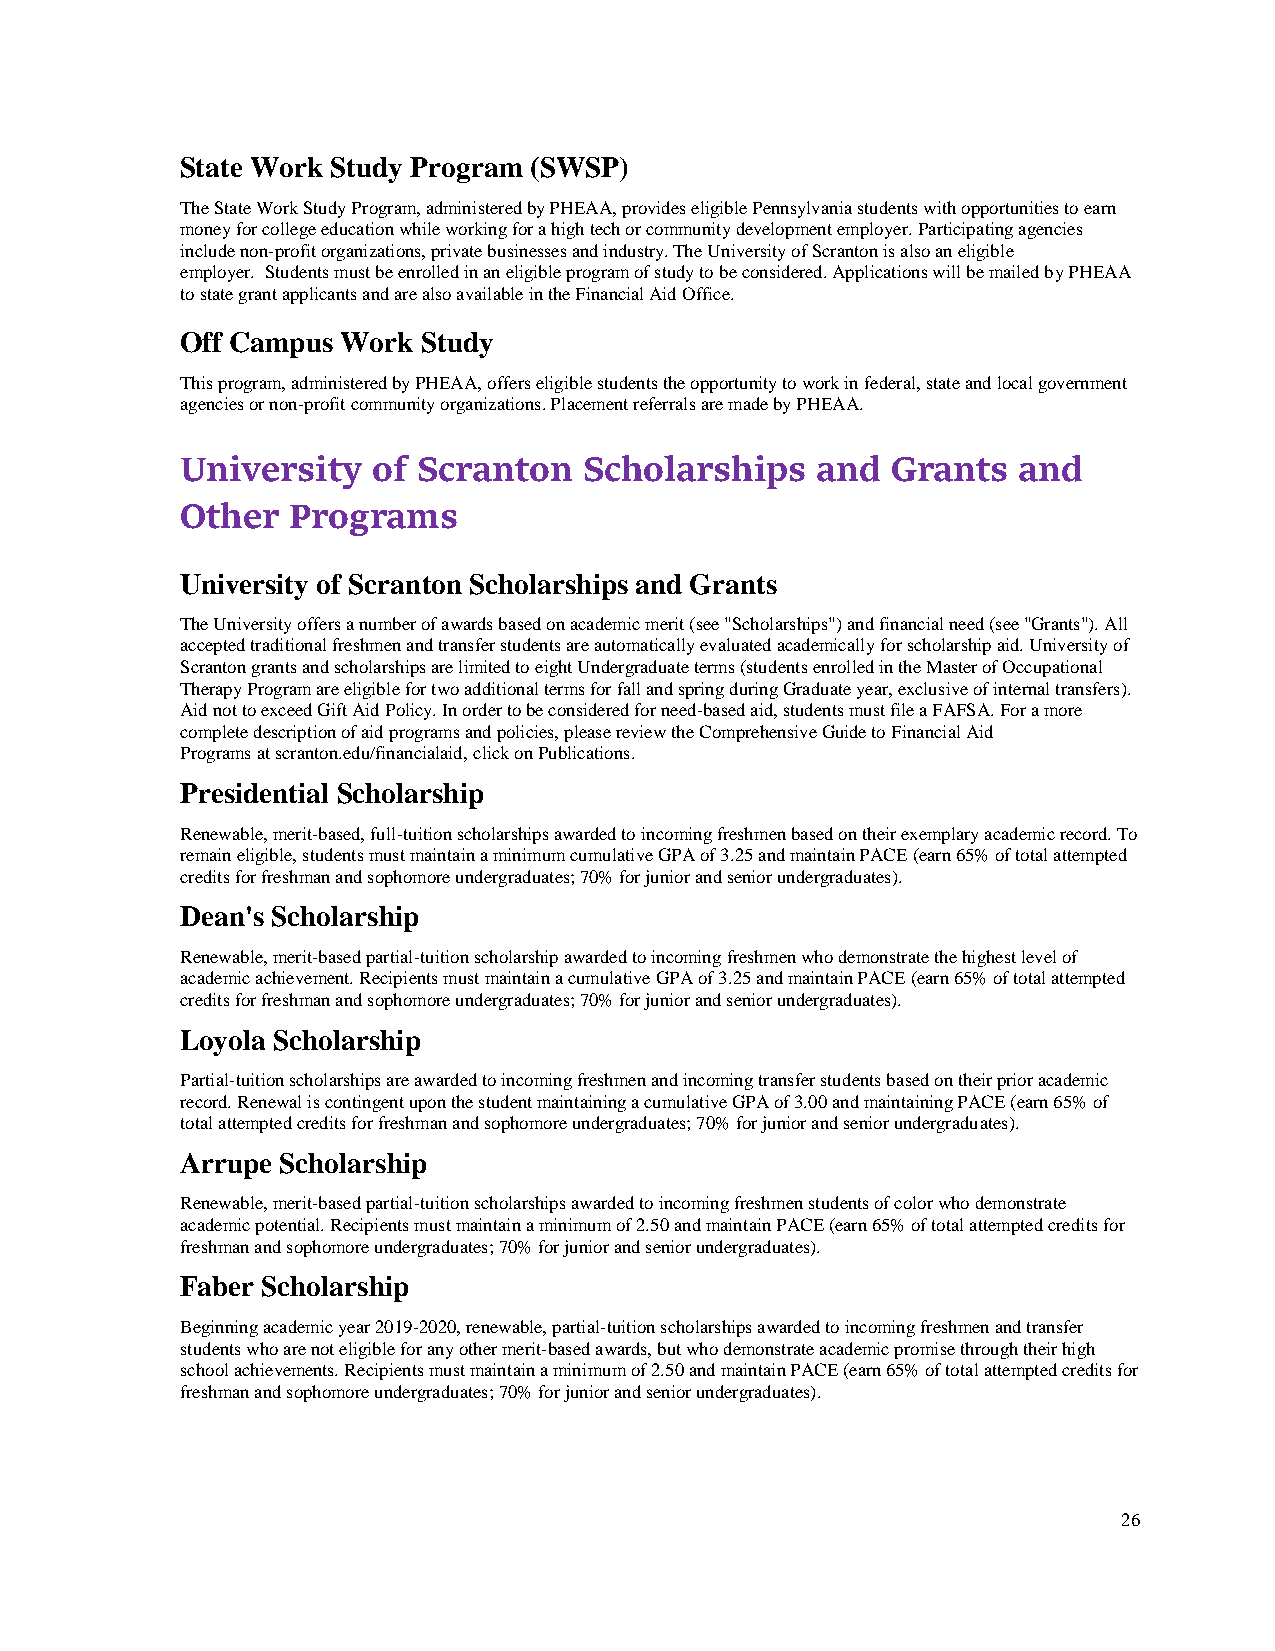
State Work Study Program (SWSP)
 The State Work Study Program, administered by PHEAA, provides eligible Pennsylvania students with opportunities to earn
 money for college education while working for a high tech or community development employer. Participating agencies
 include non-profit organizations, private businesses and industry. The University of Scranton is also an eligible
 employer. Students must be enrolled in an eligible program of study to be considered. Applications will be mailed by PHEAA
 to state grant applicants and are also available in the Financial Aid Office.
 Off Campus Work Study
 This program, administered by PHEAA, offers eligible students the opportunity to work in federal, state and local government
 agencies or non-profit community organizations. Placement referrals are made by PHEAA.
 University   of Scranton   Scholarships   and  Grants  and
 Other  Programs
 University of Scranton Scholarships and Grants
 The University offers a number of awards based on academic merit (see "Scholarships") and financial need (see "Grants"). All
 accepted traditional freshmen and transfer students are automatically evaluated academically for scholarship aid. University of
 Scranton grants and scholarships are limited to eight Undergraduate terms (students enrolled in the Master of Occupational
 Therapy Program are eligible for two additional terms for fall and spring during Graduate year, exclusive of internal transfers).
 Aid not to exceed Gift Aid Policy. In order to be considered for need-based aid, students must file a FAFSA. For a more
 complete description of aid programs and policies, please review the Comprehensive Guide to Financial Aid
 Programs at scranton.edu/financialaid, click on Publications.
 Presidential Scholarship
 Renewable, merit-based, full-tuition scholarships awarded to incoming freshmen based on their exemplary academic record. To
 remain eligible, students must maintain a minimum cumulative GPA of 3.25 and maintain PACE (earn 65% of total attempted
 credits for freshman and sophomore undergraduates; 70% for junior and senior undergraduates).
 Dean's Scholarship
 Renewable, merit-based partial-tuition scholarship awarded to incoming freshmen who demonstrate the highest level of
 academic achievement. Recipients must maintain a cumulative GPA of 3.25 and maintain PACE (earn 65% of total attempted
 credits for freshman and sophomore undergraduates; 70% for junior and senior undergraduates).
 Loyola Scholarship
 Partial-tuition scholarships are awarded to incoming freshmen and incoming transfer students based on their prior academic
 record. Renewal is contingent upon the student maintaining a cumulative GPA of 3.00 and maintaining PACE (earn 65% of
 total attempted credits for freshman and sophomore undergraduates; 70% for junior and senior undergraduates).
 Arrupe Scholarship
 Renewable, merit-based partial-tuition scholarships awarded to incoming freshmen students of color who demonstrate
 academic potential. Recipients must maintain a minimum of 2.50 and maintain PACE (earn 65% of total attempted credits for
 freshman and sophomore undergraduates; 70% for junior and senior undergraduates).
 Faber Scholarship
 Beginning academic year 2019-2020, renewable, partial-tuition scholarships awarded to incoming freshmen and transfer
 students who are not eligible for any other merit-based awards, but who demonstrate academic promise through their high
 school achievements. Recipients must maintain a minimum of 2.50 and maintain PACE (earn 65% of total attempted credits for
 freshman and sophomore undergraduates; 70% for junior and senior undergraduates).
 26